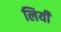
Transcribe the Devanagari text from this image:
लियी